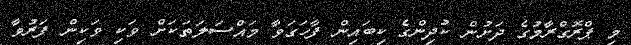
މި ޕްރޮގްރާމުގެ ދަށުން ކުދިންގެ ކިބައިން ފާހަގަވާ މައްސަލަތަކަށް ވަކި ވަކިން ފަރުވާ